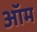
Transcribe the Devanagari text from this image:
ऑम